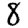
Digit: 8